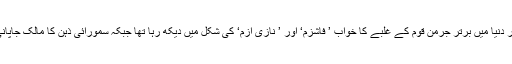
معاشی مفادات اپنی جگہ لیکن ‘ سواستیکا ‘ کا نشان سینے سے لگائے ہٹلر دنیا میں برتر جرمن قوم کے غلبے کا خواب ’ فاشزم‘ اور ’ نازی ازم‘ کی شکل میں دیکھ رہا تھا جبکہ سمورائی ذہن کا مالک جاپانی بادشاہ ہیرو ہیٹو ’ زرد نسل‘ پر حکمرانی کی خاطر اس کے ہمراہ تھا ۔